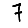
Digit: 7